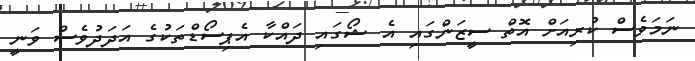
ނަމަވެސް ކުރިއަށް އޮތް ސީޒަންގައި އެ ޝޯގައި ދައްކާ އެޕިސޯޑްތަކުގެ އަދަދުވެސް ވަނީ